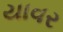
યાવર